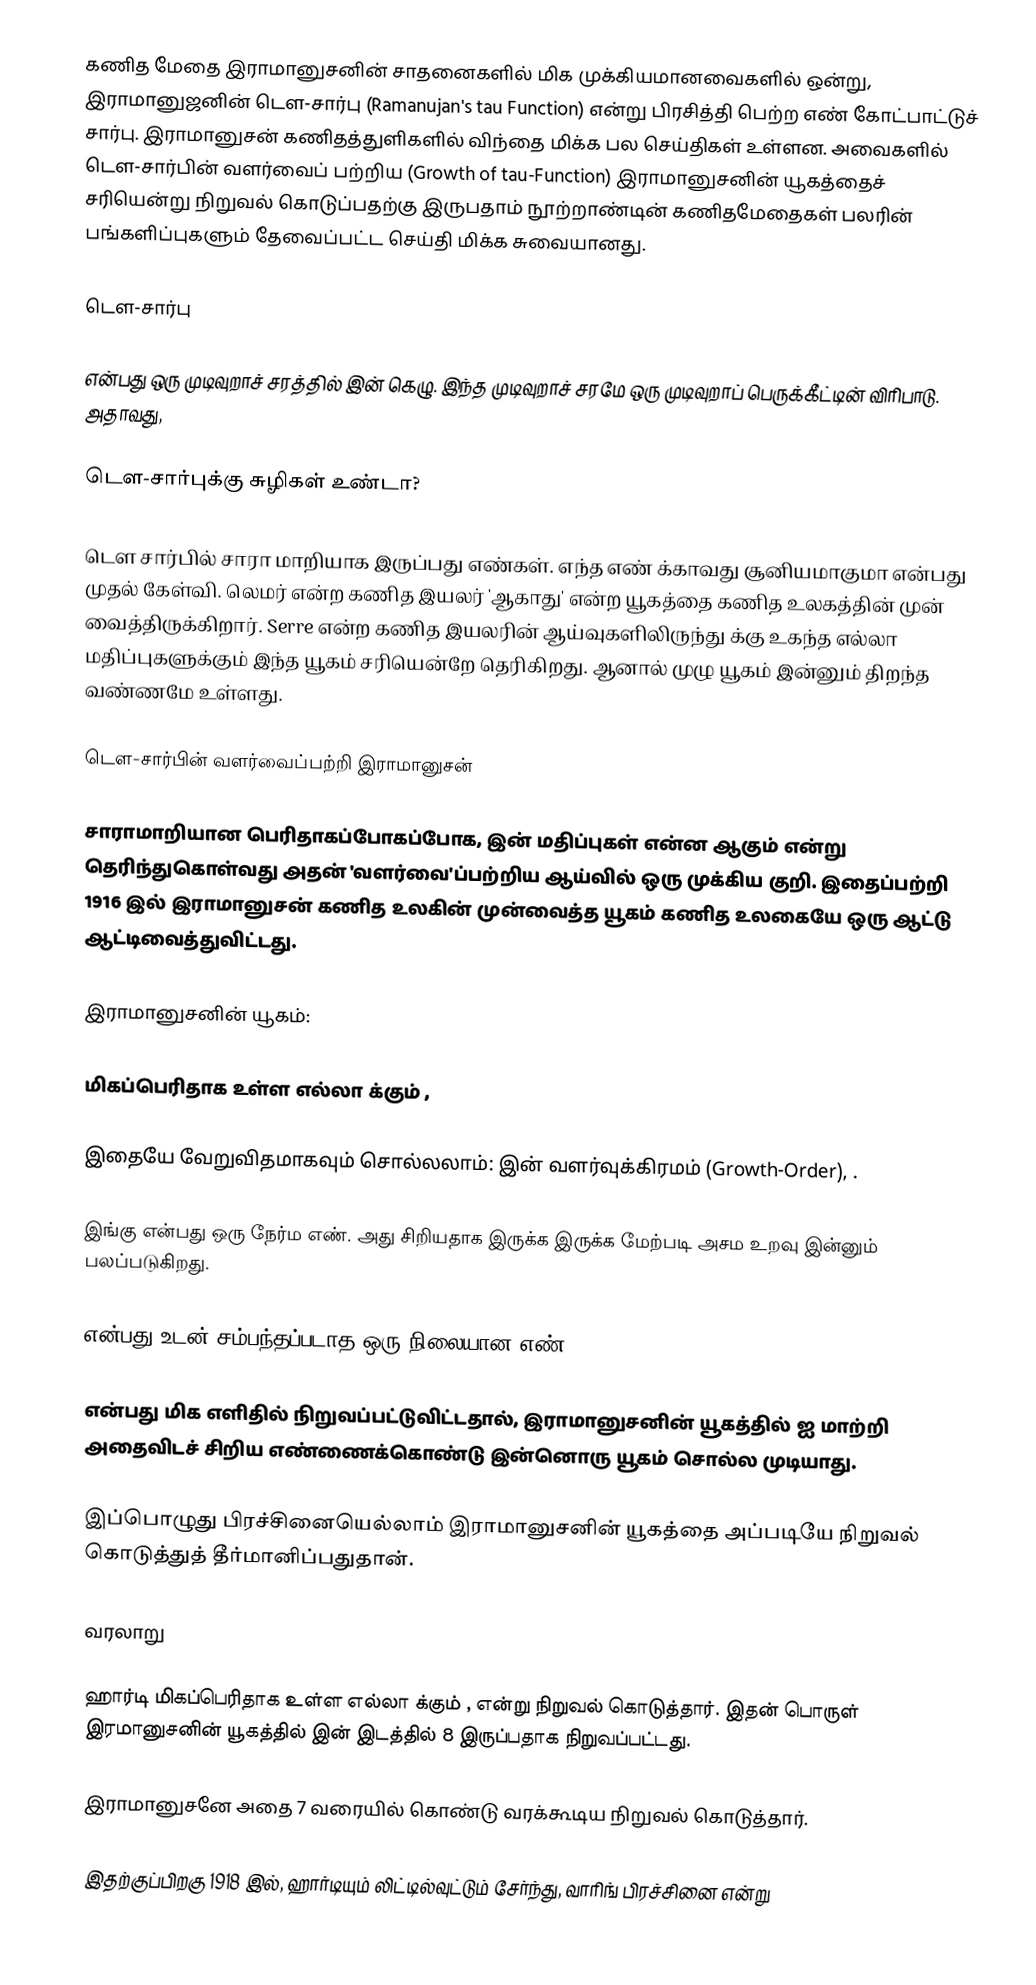
கணித மேதை இராமானுசனின்  சாதனைகளில் மிக முக்கியமானவைகளில் ஒன்று, இராமானுஜனின் டௌ-சார்பு (Ramanujan's tau Function) என்று பிரசித்தி பெற்ற எண் கோட்பாட்டுச் சார்பு. இராமானுசன் கணிதத்துளிகளில் விந்தை மிக்க பல செய்திகள் உள்ளன. அவைகளில் டௌ-சார்பின் வளர்வைப் பற்றிய (Growth of tau-Function) இராமானுசனின் யூகத்தைச் சரியென்று நிறுவல் கொடுப்பதற்கு இருபதாம் நூற்றாண்டின் கணிதமேதைகள் பலரின் பங்களிப்புகளும் தேவைப்பட்ட செய்தி மிக்க சுவையானது.

டௌ-சார்பு

  என்பது  ஒரு முடிவுறாச் சரத்தில்  இன் கெழு. இந்த முடிவுறாச் சரமே  ஒரு முடிவுறாப் பெருக்கீட்டின் விரிபாடு. அதாவது,

டௌ-சார்புக்கு சுழிகள் உண்டா?

டௌ சார்பில் சாரா மாறியாக இருப்பது எண்கள். எந்த எண்  க்காவது  சூனியமாகுமா என்பது முதல் கேள்வி.  லெமர் என்ற கணித இயலர் 'ஆகாது' என்ற யூகத்தை கணித உலகத்தின் முன் வைத்திருக்கிறார். Serre என்ற கணித இயலரின் ஆய்வுகளிலிருந்து  க்கு உகந்த எல்லா மதிப்புகளுக்கும் இந்த யூகம் சரியென்றே தெரிகிறது.  ஆனால் முழு யூகம் இன்னும் திறந்த வண்ணமே உள்ளது.

டௌ-சார்பின் வளர்வைப்பற்றி இராமானுசன்

சாராமாறியான  பெரிதாகப்போகப்போக,  இன் மதிப்புகள் என்ன ஆகும் என்று தெரிந்துகொள்வது அதன் 'வளர்வை'ப்பற்றிய  ஆய்வில் ஒரு முக்கிய குறி. இதைப்பற்றி 1916 இல் இராமானுசன் கணித உலகின் முன்வைத்த யூகம் கணித உலகையே ஒரு ஆட்டு ஆட்டிவைத்துவிட்டது.

இராமானுசனின் யூகம்:

 மிகப்பெரிதாக உள்ள எல்லா   க்கும் ,

இதையே வேறுவிதமாகவும் சொல்லலாம்:  இன் வளர்வுக்கிரமம் (Growth-Order), .

இங்கு   என்பது ஒரு நேர்ம எண். அது சிறியதாக இருக்க இருக்க மேற்படி அசம உறவு இன்னும் பலப்படுகிறது.

  என்பது  உடன் சம்பந்தப்படாத  ஒரு நிலையான எண்.

 என்பது மிக எளிதில் நிறுவப்பட்டுவிட்டதால், இராமானுசனின் யூகத்தில்  ஐ மாற்றி அதைவிடச் சிறிய எண்ணைக்கொண்டு இன்னொரு யூகம் சொல்ல முடியாது.

இப்பொழுது பிரச்சினையெல்லாம் இராமானுசனின் யூகத்தை அப்படியே நிறுவல் கொடுத்துத் தீர்மானிப்பதுதான்.

வரலாறு

ஹார்டி மிகப்பெரிதாக உள்ள எல்லா   க்கும் ,  என்று நிறுவல் கொடுத்தார். இதன் பொருள் இரமானுசனின் யூகத்தில்  இன் இடத்தில்  8 இருப்பதாக நிறுவப்பட்டது.

இராமானுசனே அதை 7 வரையில் கொண்டு வரக்கூடிய நிறுவல் கொடுத்தார்.

இதற்குப்பிறகு 1918 இல், ஹார்டியும் லிட்டில்வுட்டும் சேர்ந்து, வாரிங் பிரச்சினை என்று